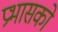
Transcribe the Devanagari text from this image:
प्रभासको